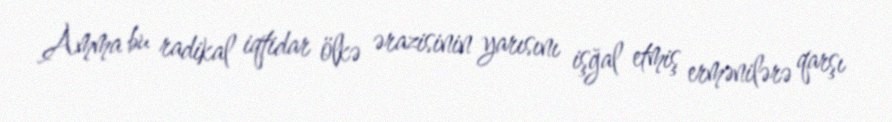
Amma bu radikal iqtidar ölkə ərazisinin yarısını işğal etmiş ermənilərə qarşı